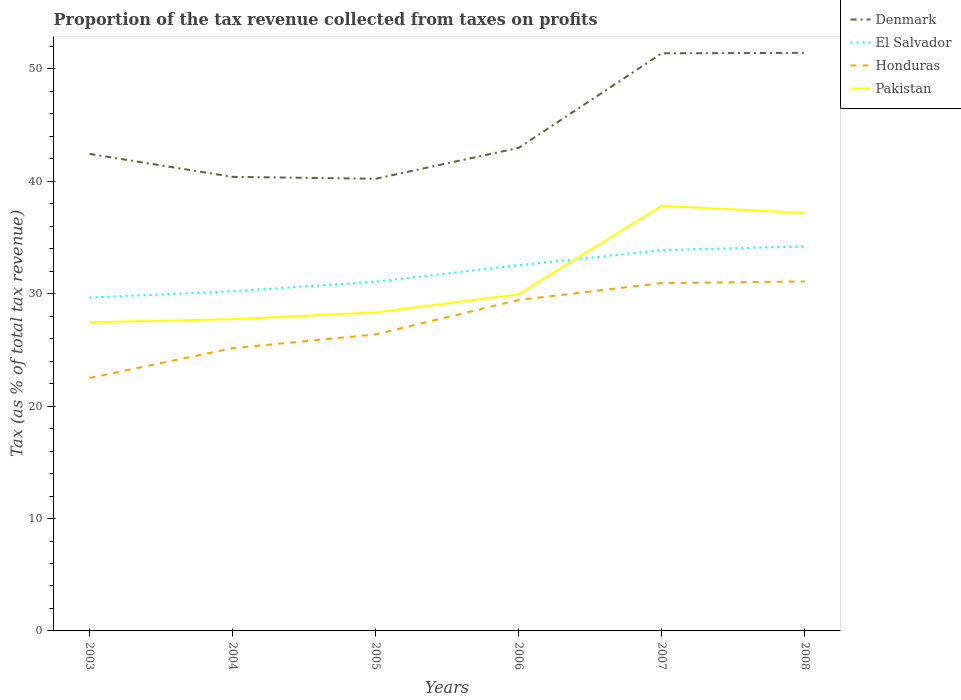
| Years | Denmark | El Salvador | Honduras | Pakistan |
 | --- | --- | --- | --- | --- |
 | 2003 | 42.4 | 29.7 | 22.5 | 27.5 |
 | 2004 | 40.4 | 30.2 | 25.2 | 27.7 |
 | 2005 | 40.2 | 31.1 | 26.4 | 28.3 |
 | 2006 | 43 | 32.5 | 29.4 | 30 |
 | 2007 | 51.4 | 33.9 | 31 | 37.8 |
 | 2008 | 51.4 | 34.2 | 31.1 | 37.2 |